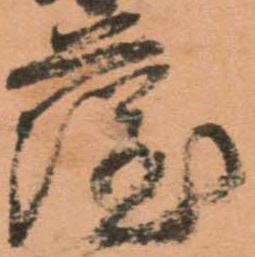
薩